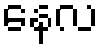
နေလ